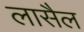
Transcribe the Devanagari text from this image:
लासैल